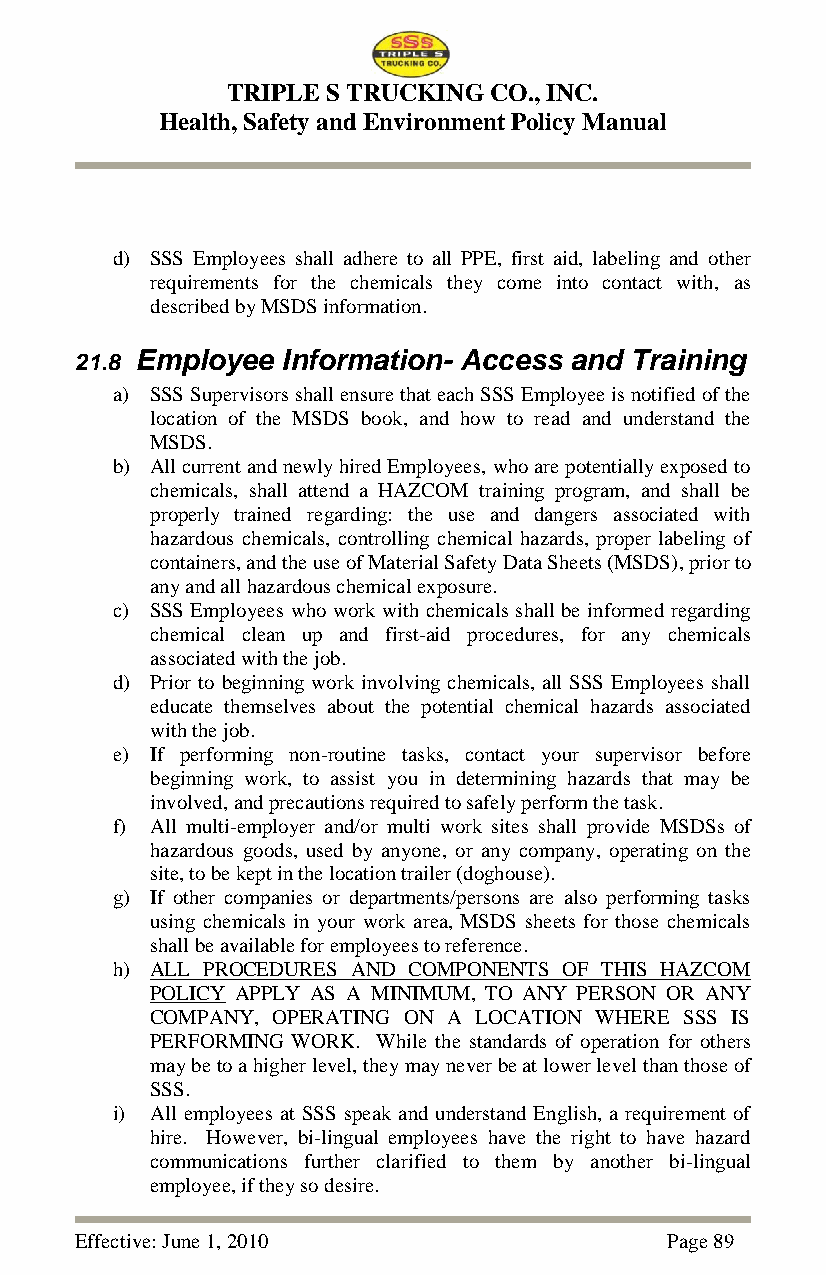
TRIPLE S TRUCKING CO., INC.
 Health, Safety and Environment Policy Manual
 d) SSS Employees shall adhere to all PPE, first aid, labeling and other
 requirements for the chemicals they come into contact with, as
 described by MSDS information.
 21.8 Employee Information- Access and Training
 a) SSS Supervisors shall ensure that each SSS Employee is notified of the
 location of the MSDS book, and how to read and understand the
 MSDS.
 b) All current and newly hired Employees, who are potentially exposed to
 chemicals, shall attend a HAZCOM training program, and shall be
 properly trained regarding: the use and dangers associated with
 hazardous chemicals, controlling chemical hazards, proper labeling of
 containers, and the use of Material Safety Data Sheets (MSDS), prior to
 any and all hazardous chemical exposure.
 c) SSS Employees who work with chemicals shall be informed regarding
 chemical clean up and first-aid procedures, for any chemicals
 associated with the job.
 d) Prior to beginning work involving chemicals, all SSS Employees shall
 educate themselves about the potential chemical hazards associated
 with the job.
 e) If performing non-routine tasks, contact your supervisor before
 beginning work, to assist you in determining hazards that may be
 involved, and precautions required to safely perform the task.
 f) All multi-employer and/or multi work sites shall provide MSDSs of
 hazardous goods, used by anyone, or any company, operating on the
 site, to be kept in the location trailer (doghouse).
 g) If other companies or departments/persons are also performing tasks
 using chemicals in your work area, MSDS sheets for those chemicals
 shall be available for employees to reference.
 h) ALL PROCEDURES AND COMPONENTS OF THIS HAZCOM
 POLICY APPLY AS A MINIMUM, TO ANY PERSON OR ANY
 COMPANY, OPERATING ON A LOCATION WHERE SSS IS
 PERFORMING WORK. While the standards of operation for others
 may be to a higher level, they may never be at lower level than those of
 SSS.
 i) All employees at SSS speak and understand English, a requirement of
 hire. However, bi-lingual employees have the right to have hazard
 communications further clarified to them by another bi-lingual
 employee, if they so desire.
 Effective: June 1, 2010                Page 89